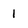
Character: 1